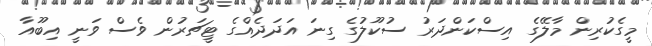
މީގެކުރިން މާލޭގެ އިސްކަންދަރު ސުކޫލުގެ ގިނަ އަދަދެއްގެ ޓީޗަރުން ވެސް ވަނީ އިބޫއާ